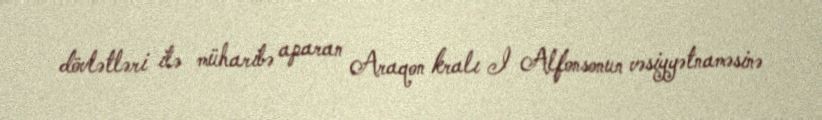
dövlətləri ilə müharibə aparan Araqon kralı I Alfonsonun vəsiyyətnaməsinə